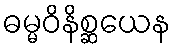
ဓမ္မဝိနိစ္ဆယေန